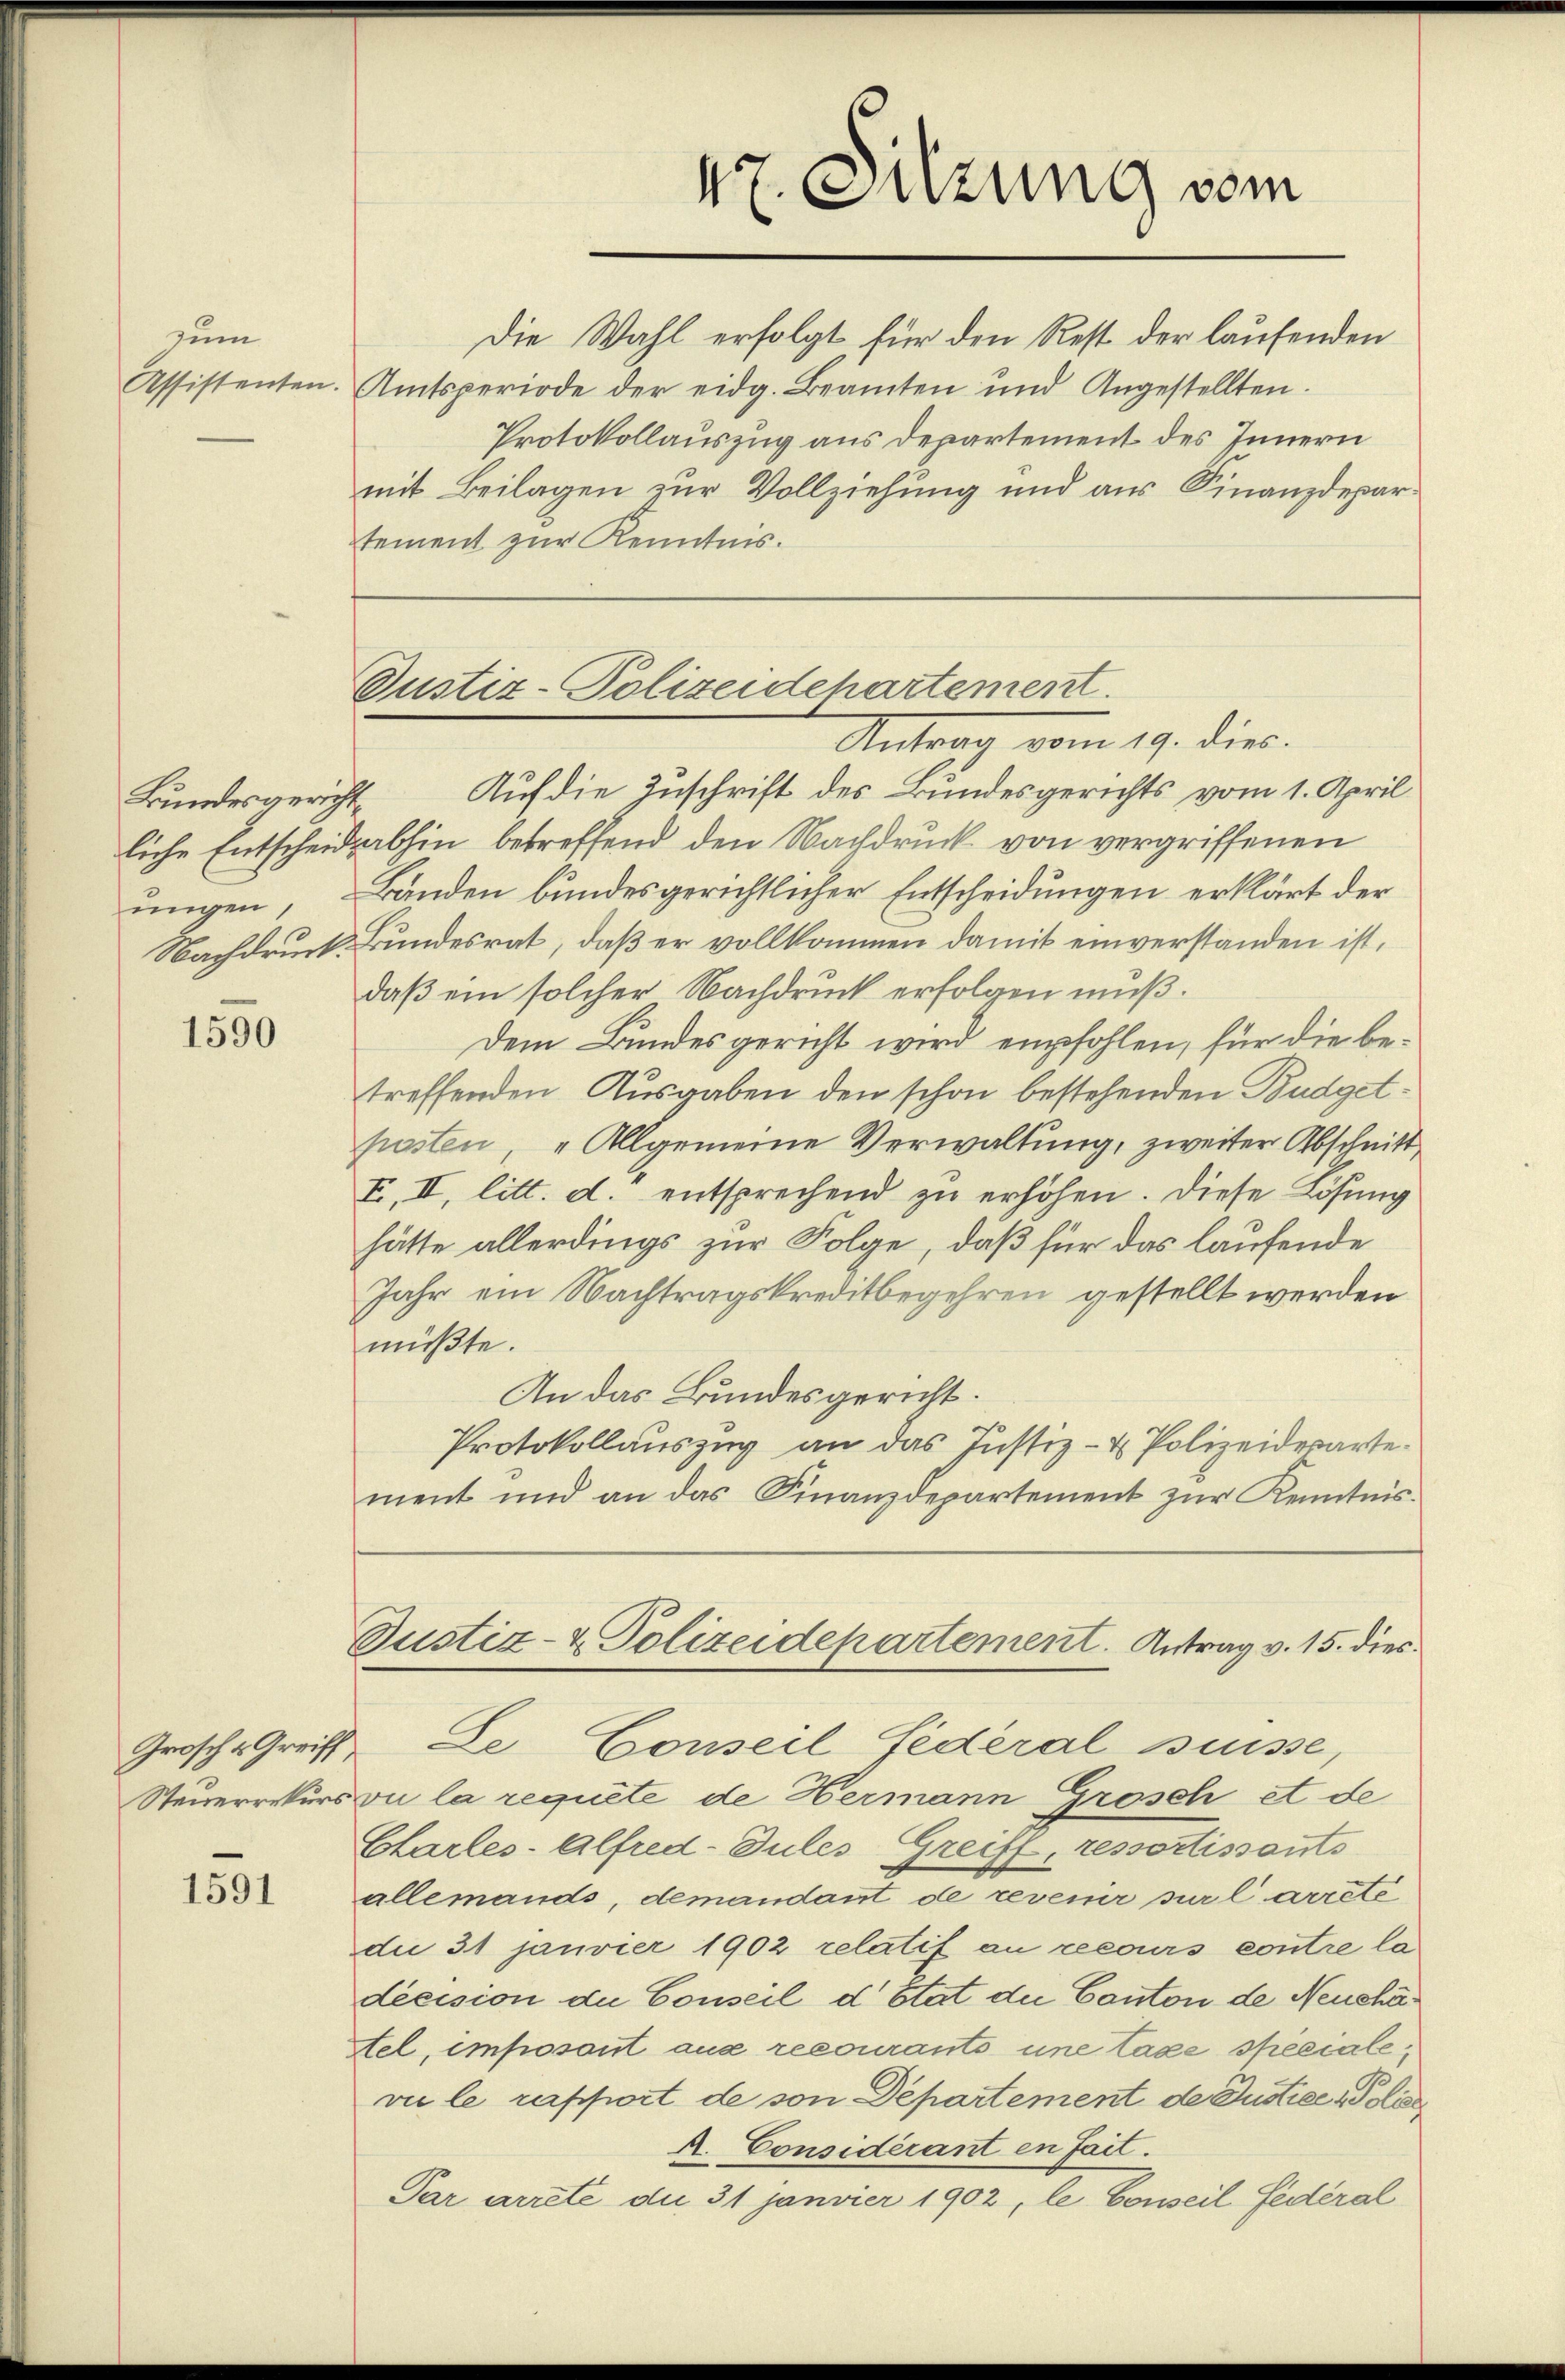
zum

1590

Grosch & Greiff

1591

Protokollauszug aus Departement des Innern
mit Beilagen zur Vollziehung und aus Finanzdepartement zur Kenntnis.

Bundesgericht Auf die Zuschrift des Bundesgerichts vom 1. April
liche Entscheid abhin betreffend den Nachdruck von vergriffenen
ungen, Bänden bundesgerichtlicher Entscheidungen erklärt der
Nachdruck. Bundesrat, daß er vollkommen damit einverstanden ist,
daß ein solcher Nachdruck erfolgen muß.
Dem Bundesgericht wird empfohlen, für die betreffenden Ausgaben den schon bestehenden Budgetposten, „Allgemeine Verwaltung, zweiter Abschnitt
I, II, litt. d. entsprechend zu erhöhen. Diese Lösung
hätte allerdings zur Folge, daß für das laufende
Jahr ein Nachtragskreditbegehren gestellt werden
müßte.
An das Bundesgericht.
Protokollauszug an das Justiz- & Polizeiderartement und an das Finanzdepartement zŭr Kenntnis-
Justiz- & Polizeidepartement. Antrag v. 15. dies
de Conseil Federal Suisse,
Steuerrekurs ou la requete de Hermann Grosch et de
Charles-Alfred-Jules Greiff, ressortissants
allemands, demandant de revenir sur l’arrête
die 31 Janvier 1902 relatif an recours contre la
decision du Conseil d’Etat die Canton de Neuchä¬
Sel, imposont aus recourants une tage specialevie le rapport de von Departement de Justice die
A. Considérant en fait.
Par arrete die 31 Janvier 1902, le Conseil Federal

47. Sitzung vom

Die Wahl erfolgt für den Rest der laufenden
Assistenten. Amtsperiode der eidg. Beamten und Angestellten.

Justiz-Polizeidehartement.
Antrag vom 19. dies